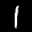
Label: 1